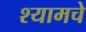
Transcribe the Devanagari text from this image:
श्यामचे